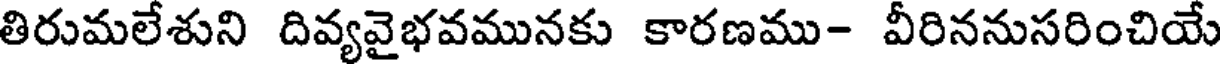
తిరుమలేశుని దివ్యవైభవమునకు కారణము- వీరిననుసరించియే